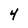
Character: 4